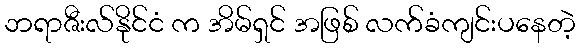
ဘရာဇီးလ်နိုင်ငံ က အိမ်ရှင် အဖြစ် လက်ခံကျင်းပနေတဲ့